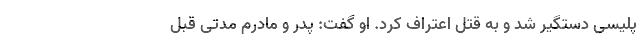
پلیسی دستگیر شد و به قتل اعتراف کرد. او گفت:‌ پدر و مادرم مدتی قبل